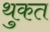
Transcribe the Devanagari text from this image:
थुकत